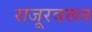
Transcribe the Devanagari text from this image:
राजूरवरून